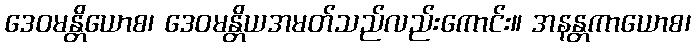
ဒေဝမန္တိယောစ၊ ဒေဝမန္တိယအမတ်သည်လည်းကောင်း။ အနန္တကာယောစ၊